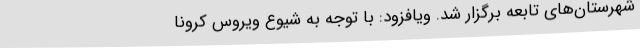
شهرستان‌های تابعه برگزار شد. ویافزود: با توجه به شیوع ویروس کرونا